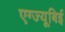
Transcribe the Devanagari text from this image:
एग्ज्यूबिई